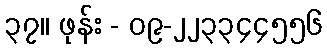
၃၇။ ဖုန်း - ၀၉-၂၂၃၃၄၄၅၅၆